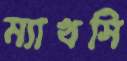
ম্যাখসি